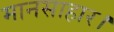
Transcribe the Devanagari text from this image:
मानसाहार।